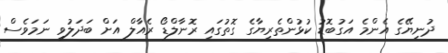
ދުނިޔޭގެ އެންމެ އަގުބޮޑު ކުޅުންތެރިޔާގެ ގޮތުގައި ރޮނާލްޑޯ ރެއާލް އަށް ބަދަލުވި ނަމަވެސް